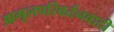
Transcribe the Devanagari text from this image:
आमूलपरिवर्तनवादी